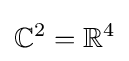
\mathbb {C} ^{2}=\mathbb {R} ^{4}